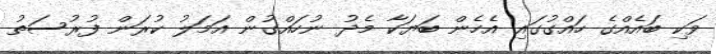
ވަކި ބައެއްގެ ހައްގުގައި އެހެން ބަޔަކާ މެދު ނުހައްގުން އަމަލު ކުރަން ފުރުސަތު